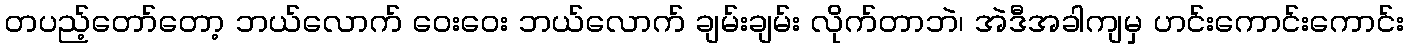
တပည့်တော်တော့ ဘယ်လောက် ဝေးဝေး ဘယ်လောက် ချမ်းချမ်း လိုက်တာဘဲ၊ အဲဒီအခါကျမှ ဟင်းကောင်းကောင်း